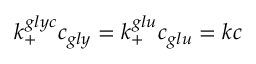
k _ { + } ^ { g l y c } c _ { g l y } = k _ { + } ^ { g l u } c _ { g l u } = k c